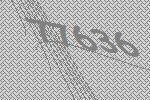
77636